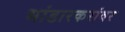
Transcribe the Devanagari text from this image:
भांडारकरांवर